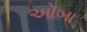
ઓબા